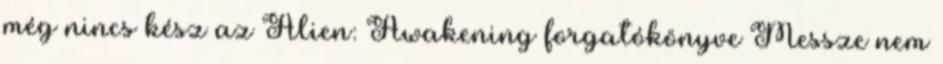
még nincs kész az Alien: Awakening forgatókönyve Messze nem